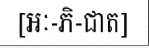
[អៈ-ភិ-ជាត]